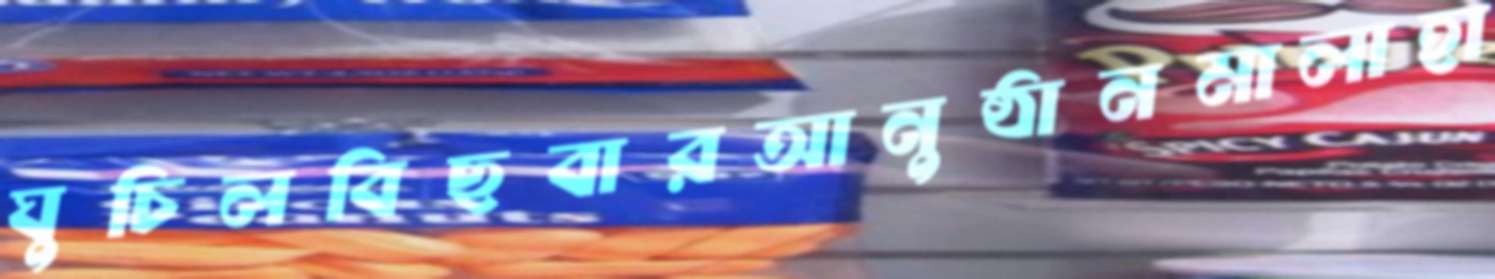
ঘুচিলবিছবারআনুষ্ঠানমালাহা